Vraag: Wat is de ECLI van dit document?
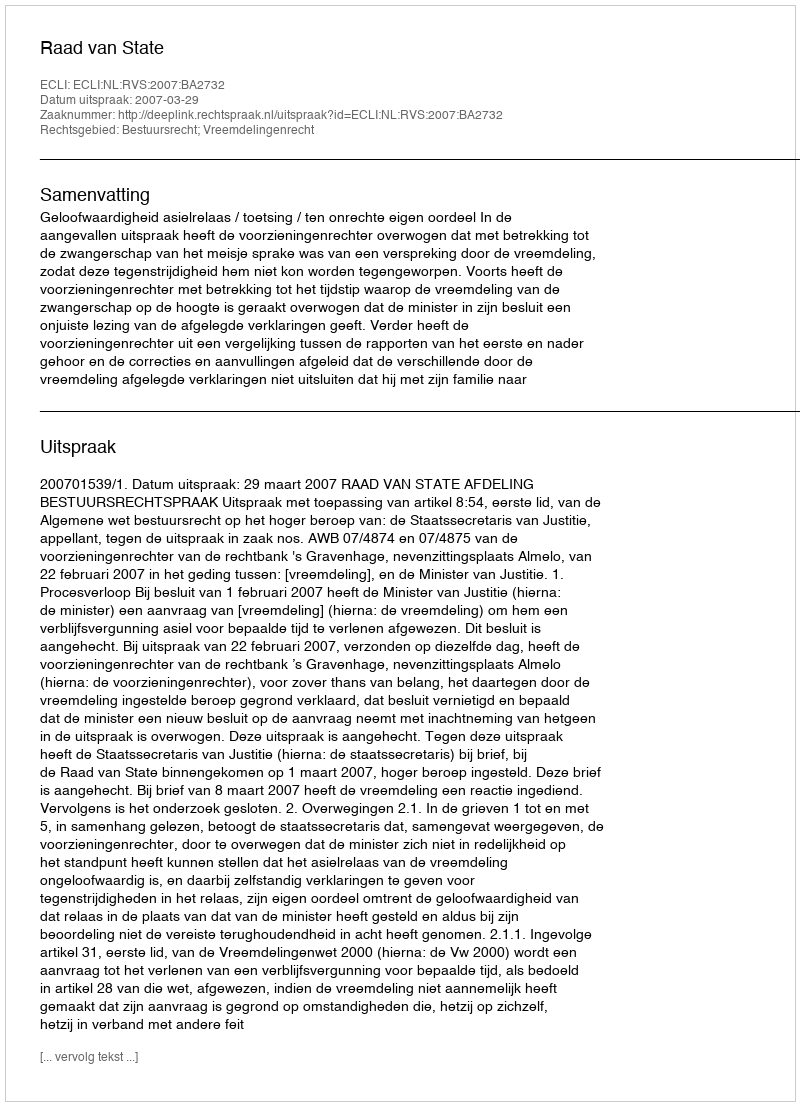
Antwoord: ECLI:NL:RVS:2007:BA2732